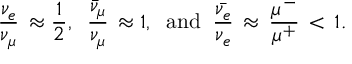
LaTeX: { \frac { \nu _ { e } } { \nu _ { \mu } } } \, \approx { \frac { 1 } { 2 } } , \; \; { \frac { \bar { \nu } _ { \mu } } { \nu _ { \mu } } } \, \approx 1 , \; \; \mathrm { a n d } \; \; { \frac { \bar { \nu _ { e } } } { \nu _ { e } } } \, \approx \, { \frac { \mu ^ { - } } { \mu ^ { + } } } \, < \, 1 .